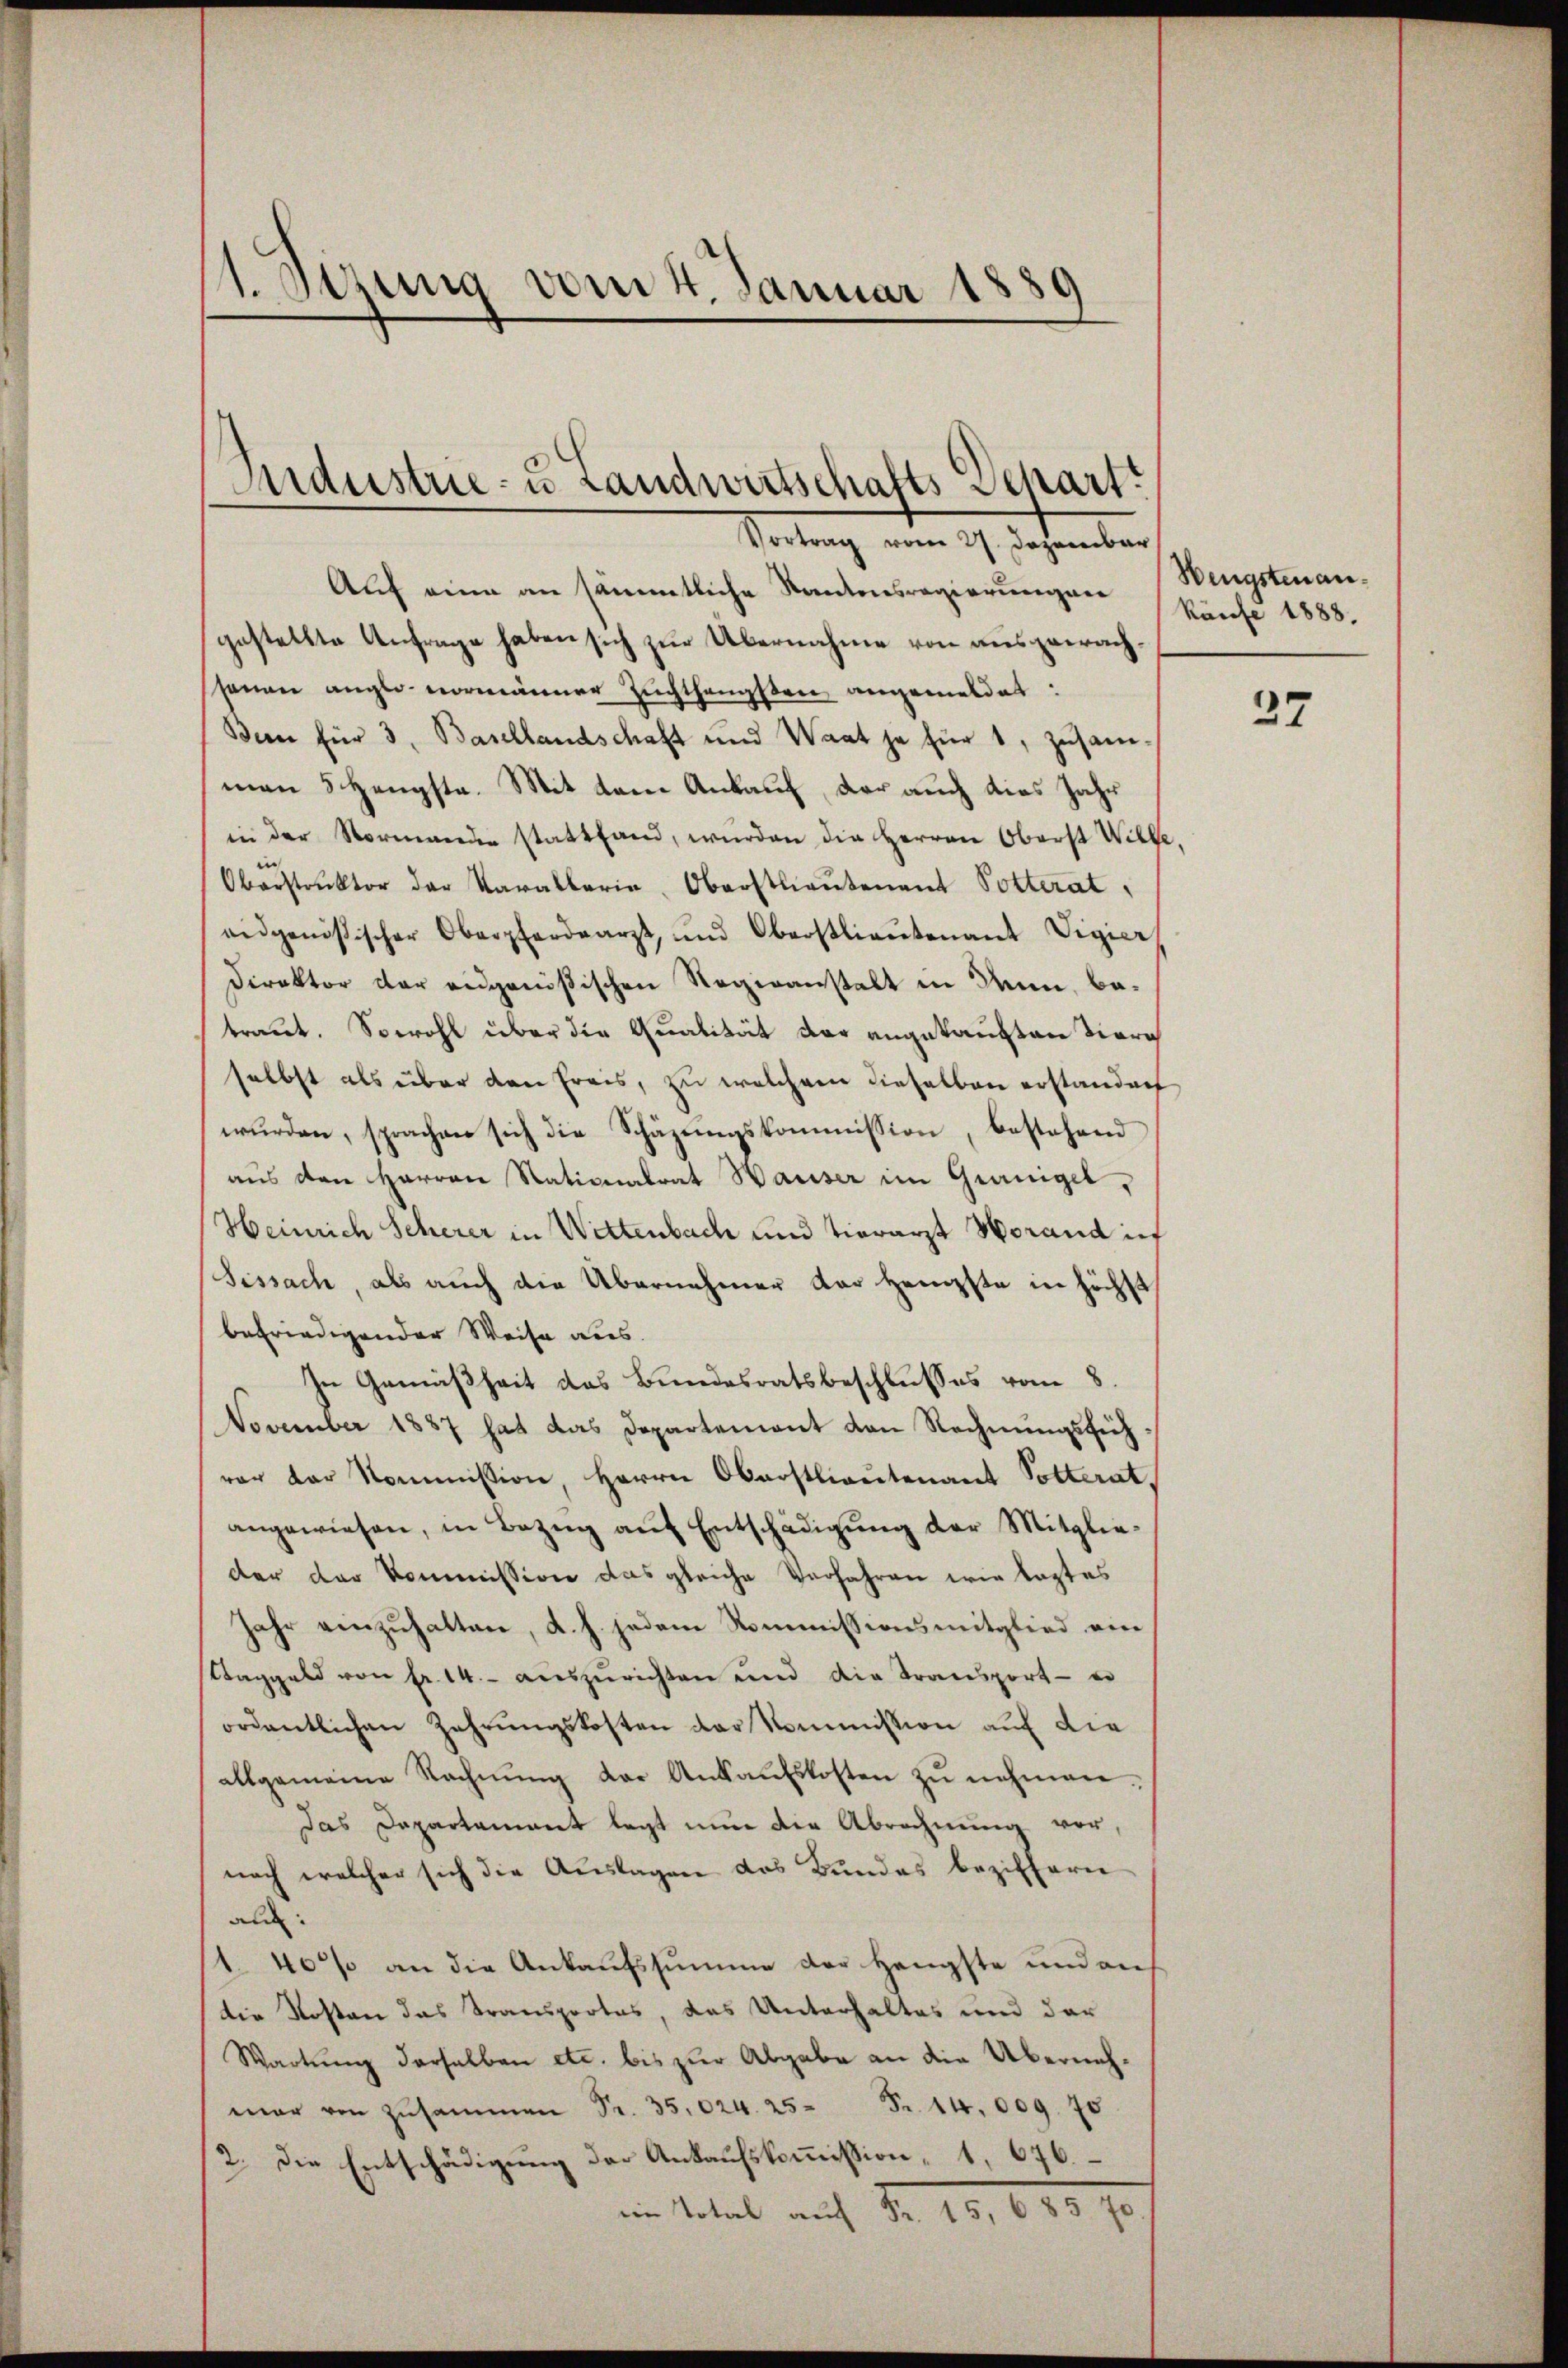
1. Setzung vom 4. Januar 1889

Sndustrie- u. Landwirtschafts Schart.
Vortrag vom 27. Dezember

Auf eine an sämmtliche Kantonsregierungen (Wengstenangestellte Anfrage haben sich zur Übernahme von ausgewachsanen anglo- normänner Zuchthangsten angemeldet:
Ben für 3. Basellandschaft und Waat je für 1, zusamman 5 Hengste. Mit dem Ankauf, der auch dies Jahr
in der Normanden stattfand, würden die Herren Oberst Wille.
Oberstruktor der Parallerin, Oberstlieutenant Potterat,
eidgenössischer Oberpferdearzt, und Oberstlieutenant Vigier
Direktor der eidgenößischen Regenanstalt in denn, betraut. Sowohl über die Qualität der angekauften Tiera
selbst als über den Frais, zu welchem dieselben erstandent
wurden, sprachen sich die Schäzungskommission, bestehend
aus den Herren Nationalrat Hauser im Granigel,
Heinrich Scherer in Wettenbach und tierarzt Worand in
Sissach, als auch die Übernehmer der Heupfte in höchst
befriedigender Weise aus.
In Gemäßheit des Bundesratsbeschlusses vom 8.
November 1887 hat das Departement von Rechnungsführer der Kommission, Herrn Oberstlieutenant Potterat,
angewiesen, in Bezŭg aŭf Entschädigung der Mitglieder der Kommission das gleiche Verfahren wie leztes
Jahr einzuhalten, d. h. jedem Kommissionsmitglied ein
Taggeld von fr. 14.- auszurichten und die Transport - er
ordentlichen Zahrŭngskosten der Kommission auf die
allgemeine Rechnŭng der Ankaŭfskosten zŭ nehmen.
Das Departamant legt nun die Abrechnung vor,
noch welcher sich die Auslagen das Bundes beziffern
aus:
1. 40% an die Ankaufssumme der Hengste und auf
die Kosten das Transportas, das Unterhaltes und der
Wartung derselben etc. bis zur Abgabe an die Übernehmar von Zusammen Fr. 35.024. 25 Fr. 14,009. 70
2. Die Entschädigung der Ankaufskommission, 1, 676.
im Total auf Nr. 10, 620 90.

käufe 1888.

37